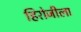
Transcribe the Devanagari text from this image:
हिरोजीला